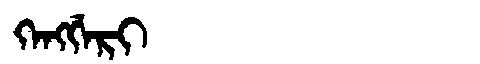
Manchu: ᡴᡝᠩᡤᡝᡵᡳ
Romanization: KENGGERI